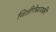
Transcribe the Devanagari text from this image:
विन्नीपेसावकी